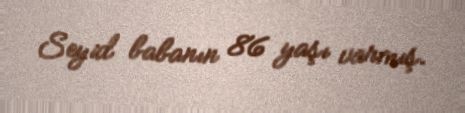
Seyid babanın 86 yaşı varmış.